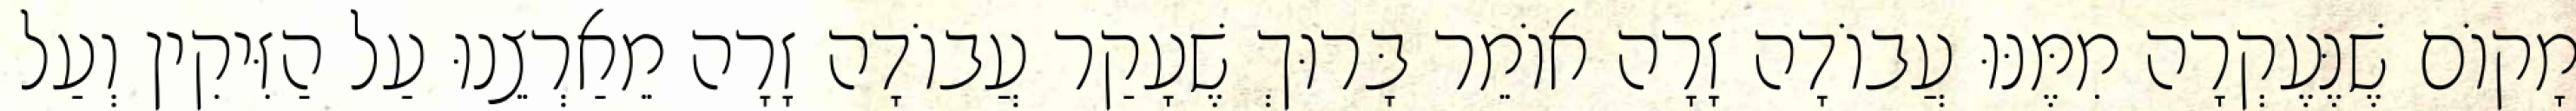
מָקוֹם שֶׁנֶּעֶקְרָה מִמֶּנּוּ עֲבוֹדָה זָרָה אוֹמֵר בָּרוּךְ שֶׁעָקַר עֲבוֹדָה זָרָה מֵאַרְצֵנוּ עַל הַזִּיקִין וְעַל